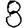
Digit: 8